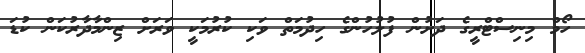
ހޯމް މިނިސްޓްރީގެ ދަށުން ފުލުހުންގެ ހިދުމަތް ވަކި ކުރުމަކީ ވަރަށް ޒިންމާދާރުކަން ކުޑަ